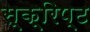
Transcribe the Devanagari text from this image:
स्क्रिप्‍ट